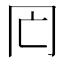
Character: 𠕃